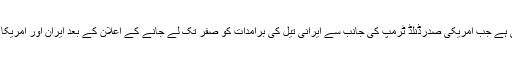
یہ پیش رفت ایک ایسے وقت میں سامنے آئی ہے جب امریکی صدرڈنلڈ ٹرمپ کی جانب سے ایرانی تیل کی برآمدات کو صفر تک لے جانے کے اعلان کے بعد ایران اور امریکا کے درمیان سخت کشیدگی پائی جا رہی ہے۔